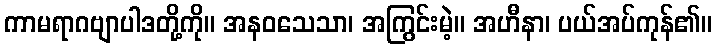
ကာမရာဂဗျာပါဒတို့ကို။ အနဝသေသာ၊ အကြွင်းမဲ့။ အဟီနာ၊ ပယ်အပ်ကုန်၏။